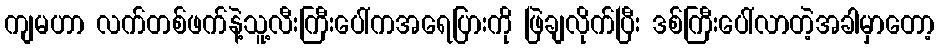
ကျမဟာ လက်တစ်ဖက်နဲ့သူ့လီးကြီးပေါ်ကအရေပြားကို ဖြဲချလိုက်ပြီး ဒစ်ကြီးပေါ်လာတဲ့အခါမှာတော့